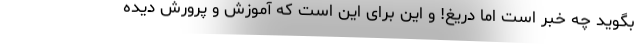
بگوید چه خبر است اما دریغ! و این برای این است که آموزش و پرورش دیده